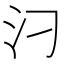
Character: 汈